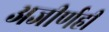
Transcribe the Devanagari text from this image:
अजीर्णही